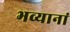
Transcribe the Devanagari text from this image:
भव्यानां